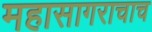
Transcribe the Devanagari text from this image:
महासागराचाच